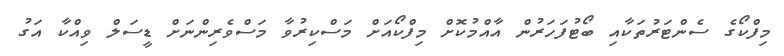
މިފްކޯގެ ސެންޓަރުތަކާއި ބޯޓުފަހަރުން އާއްމުކޮށް މިފްކޯއަށް މަސްކިރުވާ މަސްވެރިންނަށް ޑީސަލް ވިއްކާ އަގު